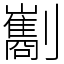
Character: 㔒